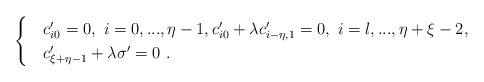
\begin{align*}\begin{cases} &c'_{i0}=0,\ i=0,...,\eta-1,c'_{i0}+\lambda c'_{i-\eta,1}=0,\ i=l,...,\eta+\xi-2,\\& c'_{\xi+\eta-1}+\lambda\sigma'=0\ .\end{cases}\end{align*}